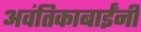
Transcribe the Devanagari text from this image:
अवंतिकाबाईंनी